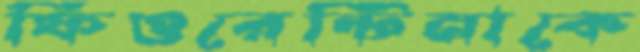
ফিওরেন্টিনাকে